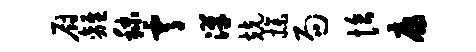
厨离秣霄汉兢操局恰康